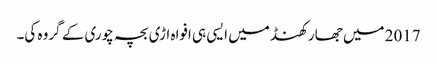
2017 میں جھارکھنڈ میں ایسی ہی افواہ اڑی بچہ چوری کے گروہ کی۔